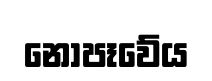
නොපෑවේය